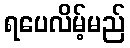
ရပေလိမ့်မည်